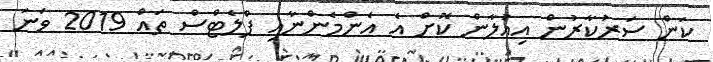
ކަން ސަރުކާރުން އިއުލާން ކޮށް އެ އެންމެންނާއި ފްލެޓްސް ތައް 2019 ވަނަ